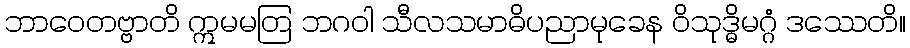
ဘာဝေတဗ္ဗာတိ ဣမမတြ ဘဂဝါ သီလသမာဓိပညာမုခေန ဝိသုဒ္ဓိမဂ္ဂံ ဒဿေတိ။